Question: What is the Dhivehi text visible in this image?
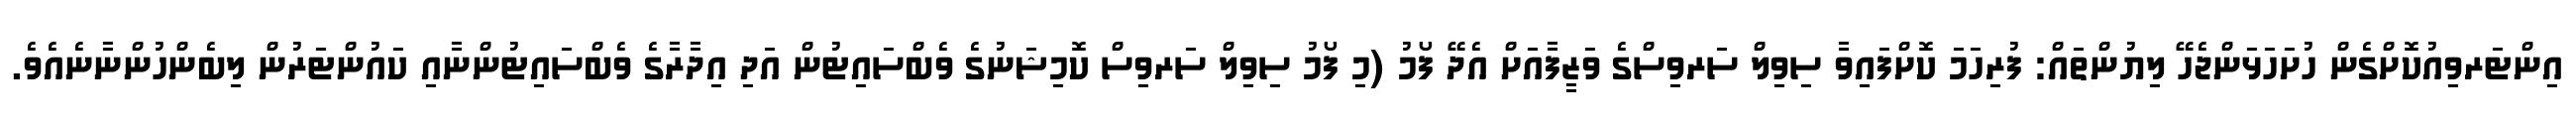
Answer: އިންޓަރވިއުކޮށްގެން ހުށަހަޅަންޖެހޭ ލިޔުންތައް: ފުރިހަމަ ކޮށްފައިވާ ސިވިލް ސަރވިސްގެ ވަޒީފާއަށް އެދޭ ފޯމު (މި ފޯމު ސިވިލް ސަރވިސް ކޮމިޝަނުގެ ވެބްސައިޓުން އަދި އިދާރާގެ ވެބްސައިޓުންނާއި ކައުންޓަރުން ލިބެންހުންނާނެއެވެ.